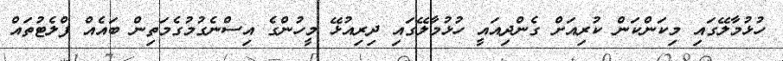
ހުޅުމާލޭގައި މިކަންކަން ކުރިއަށް ގެންދިއައީ ހުޅުމާލޭގައި ދިރިއުޅޭ މީހުންގެ އިސްނެގުމުގެމަތިން ބައެއް ފްލެޓުތައް